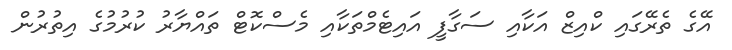
އޭގެ ތެރޭގައި ކްއިޒް އަކާއި ސަގާފީ އައިޓެމްތަކާއި މެސްކޮޓް ތައްޔާރު ކުރުމުގެ އިތުރުން